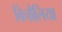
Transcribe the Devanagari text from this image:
बिचौलिया